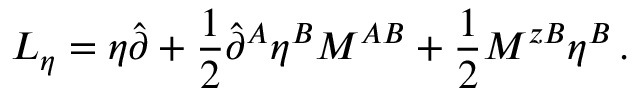
{ \cal L } _ { \eta } = \eta \hat { \partial } + \frac { 1 } { 2 } \hat { \partial } ^ { A } \eta ^ { B } M ^ { A B } + \frac { 1 } { 2 } M ^ { z B } \eta ^ { B } \, .